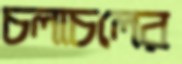
চলাচলের